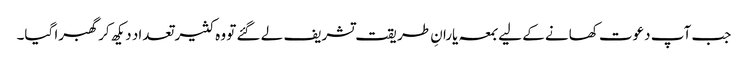
جب آپ دعوت کھانے کے لیے بمعہ یارانِ طریقت تشریف لے گئے تو وہ کثیر تعداد دیکھ کر گھبرا گیا۔